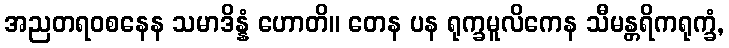
အညတရဝစနေန သမာဒိန္နံ ဟောတိ။ တေန ပန ရုက္ခမူလိကေန သီမန္တရိကရုက္ခံ,